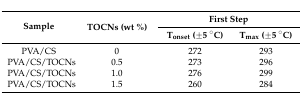
<table><thead><tr><td rowspan="2"><b>Sample</b></td><td rowspan="2"><b>TOCNs (wt %)</b></td><td colspan="2"><b>First Step</b></td></tr><tr><td><b>T<sub>onset</sub> (±5 °C)</b></td><td><b>T<sub>max</sub> (±5 °C)</b></td></tr></thead><tbody><tr><td>PVA/CS</td><td>0</td><td>272</td><td>293</td></tr><tr><td>PVA/CS/TOCNs</td><td>0.5</td><td>273</td><td>296</td></tr><tr><td>PVA/CS/TOCNs</td><td>1.0</td><td>276</td><td>299</td></tr><tr><td>PVA/CS/TOCNs</td><td>1.5</td><td>260</td><td>284</td></tr></tbody></table>